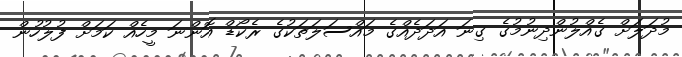
މުދަލަށް ގެއްލުންދިނުމުގެ ގިނަ އަދަދެއްގެ މައްސަލަތަކުގެ ރެކޯޑް އޮންނަ މީހެއް ކަމަށް ފުލުހުން